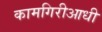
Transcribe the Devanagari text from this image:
कामगिरीआधी